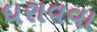
ધરાવવા